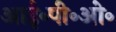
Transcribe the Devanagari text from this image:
आई॰पी॰ओ॰